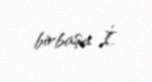
birbaşa İ.